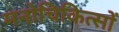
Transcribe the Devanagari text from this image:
मनोचिकित्सों